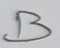
Text: B